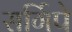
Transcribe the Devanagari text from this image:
सर्गिपे